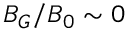
B _ { G } / B _ { 0 } \sim 0